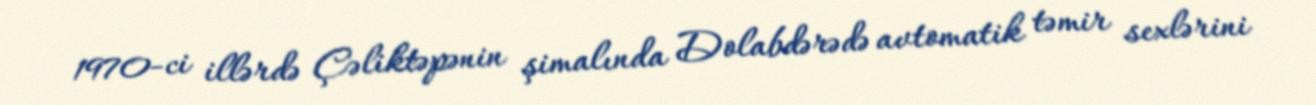
1970-ci illərdə Çəliktəpənin şimalında Dolabdərədə avtomatik təmir sexlərini